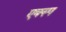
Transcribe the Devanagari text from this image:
एक्स्प